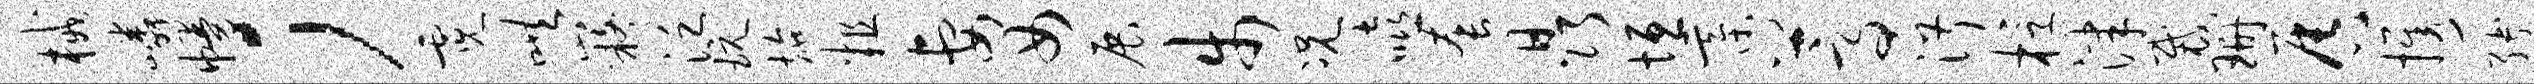
械嶙幔；霓哄嶷泛玩施粗妻女展步况嘻套晶垣綦蒿淑桴津裁珊唇携缚